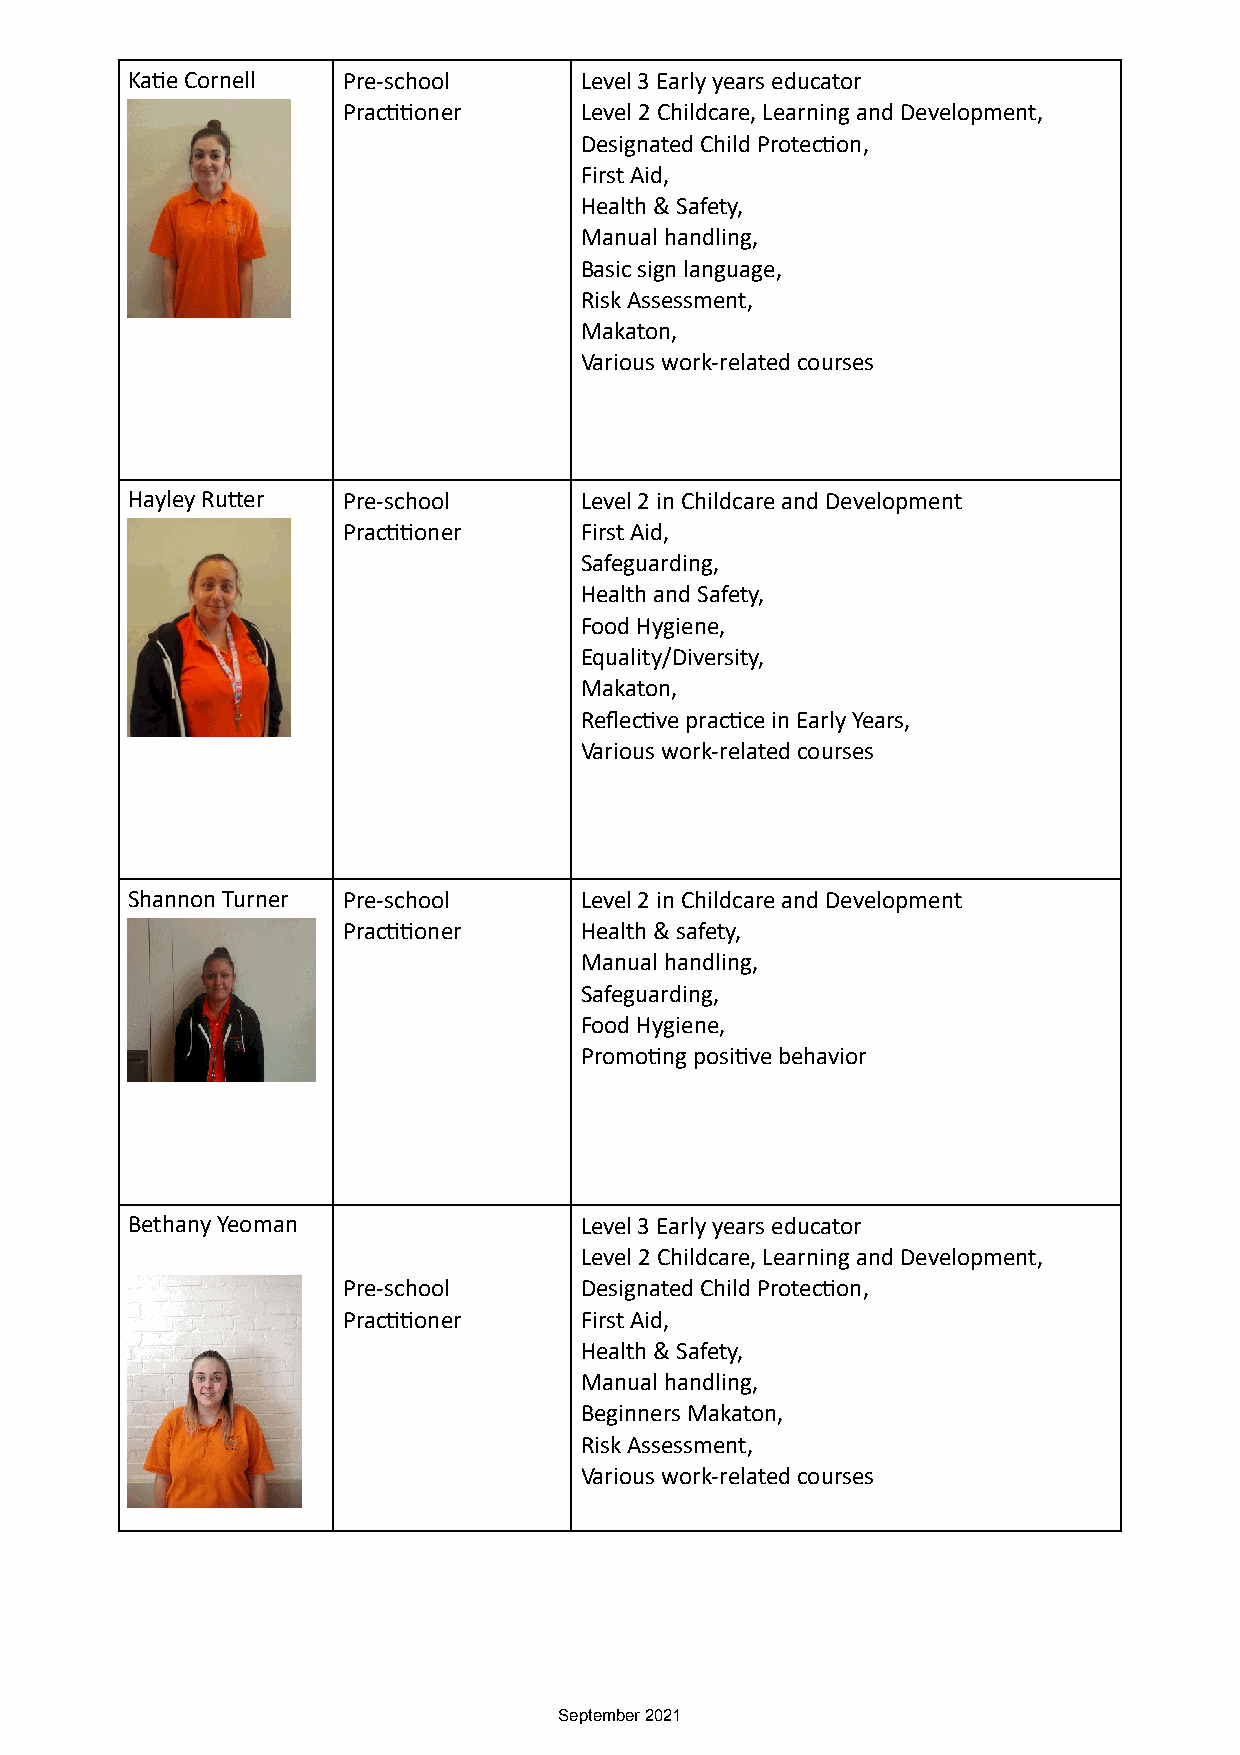
KaDe Cornell   Pre-school     Level 3 Early years educator
 PracDDoner     Level 2 Childcare, Learning and Development,
 Designated Child ProtecDon,
 First Aid,
 Health & Safety,
 Manual handling,
 Basic sign language,
 Risk Assessment,
 Makaton,
 Various work-related courses
 Hayley RuOer   Pre-school     Level 2 in Childcare and Development
 PracDDoner     First Aid,
 Safeguarding,
 Health and Safety,
 Food Hygiene,
 Equality/Diversity,
 Makaton,
 ReflecDve pracDce in Early Years,
 Various work-related courses
 Shannon Turner Pre-school     Level 2 in Childcare and Development
 PracDDoner     Health & safety,
 Manual handling,
 Safeguarding,
 Food Hygiene,
 PromoDng posiDve behavior
 Bethany Yeoman                Level 3 Early years educator
 Level 2 Childcare, Learning and Development,
 Pre-school     Designated Child ProtecDon,
 PracDDoner     First Aid,
 Health & Safety,
 Manual handling,
 Beginners Makaton,
 Risk Assessment,
 Various work-related courses
 September 2021